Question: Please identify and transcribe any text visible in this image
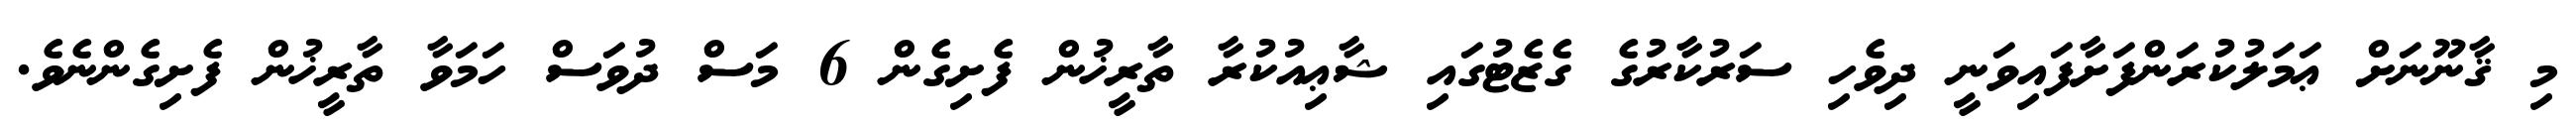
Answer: މި ޤާނޫނަށް ޢަމަލުކުރަންފަށާފައިވަނީ ދިވެހި ސަރުކާރުގެ ގެޒެޓުގައި ޝާޢިއުކުރާ ތާރީޚުން ފެށިގެން 6 މަސް ދުވަސް ހަމަވާ ތާރީޚުން ފެށިގެންނެވެ.